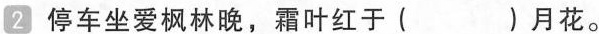
2 停车坐爱枫林晚，霜叶红于( )月花。